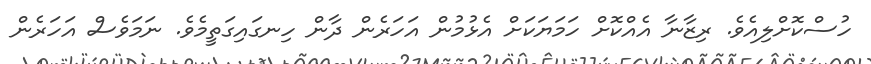
ހުސްކޮށްލިއެވެ. ރިޒާނާ އެއްކޮށް ހަމަޔަކަށް އެޅުމުން އަހަރެން ދާން ހިނގައިގަތީމެވެ. ނަމަވެސް އަހަރެން